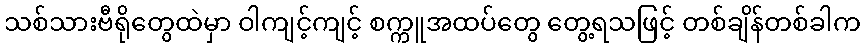
သစ်သားဗီရိုတွေထဲမှာ ဝါကျင့်ကျင့် စက္ကူအထပ်တွေ တွေ့ရသဖြင့် တစ်ချိန်တစ်ခါက